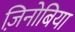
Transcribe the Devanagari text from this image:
ज़िनोबिया